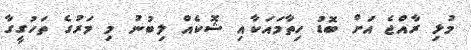
މުޅި ރާއްޖެ އަށް ބޮޑު ހިތާމައަކާއި ޝޮކެއް ލިބުނު މި މަރުގެ ތަހުގީގާ